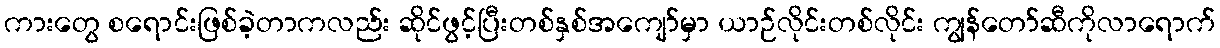
ကားတွေ စရောင်းဖြစ်ခဲ့တာကလည်း ဆိုင်ဖွင့်ပြီးတစ်နှစ်အကျော်မှာ ယာဉ်လိုင်းတစ်လိုင်း ကျွန်တော်ဆီကိုလာရောက်